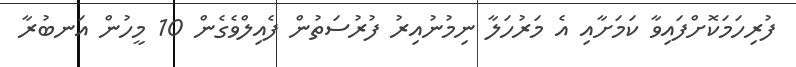
ފުރިހަމަކޮށްފައިވާ ކަމަށާއި އެ މަރުހަލާ ނިމުނުއިރު ފުރުސަތުން ފެއިލްވެގެން 10 މީހުން އަނބުރާ